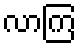
လာကြ